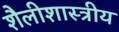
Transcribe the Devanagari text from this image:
शैलीशास्त्रीय